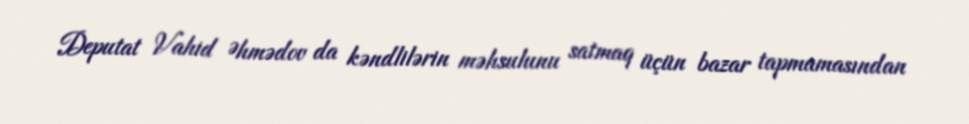
Deputat Vahid Əhmədov da kəndlilərin məhsulunu satmaq üçün bazar tapmamasından